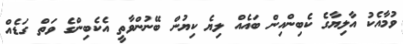
ވުމާއެކު އާލިޔާގެ ކެބިންއިން ބައެއް ލިޔެ ކިޔުން ބޭނުންވާތީ އެކެބިންގެ ވަތް ގަޑެއް